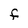
Character: f